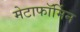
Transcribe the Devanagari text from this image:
मेटाफॉर्मिन